Vaccination returns of the Province of Eastern Bengal and Assam - 1905-1912
Year: 1905
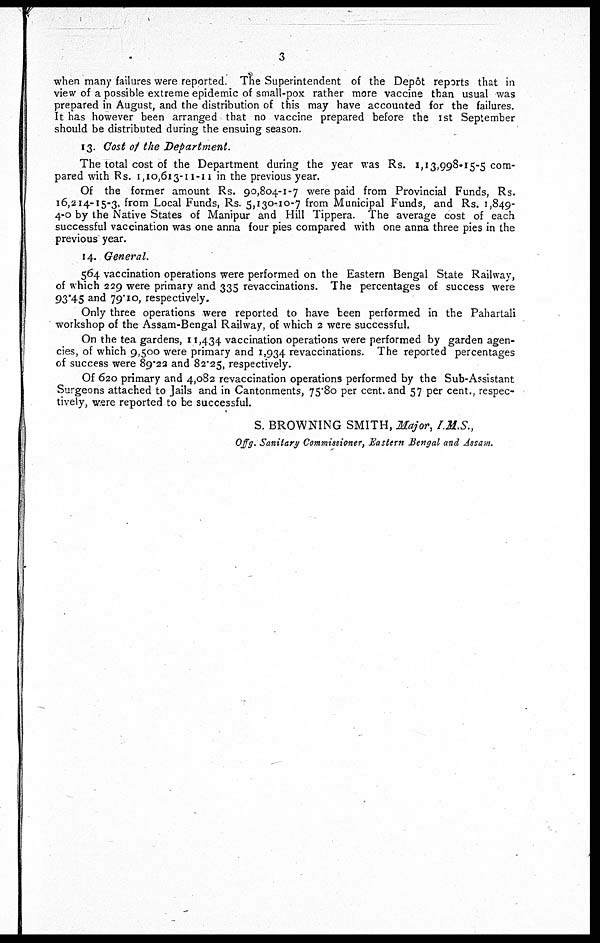
3
when many failures were reported. The Superintendent of the Depôt reports that in
view of a possible extreme epidemic of small-pox rather more vaccine than usual was
prepared in August, and the distribution of this may have accounted for the failures.
It has however been arranged that no vaccine prepared before the 1st September
should be distributed during the ensuing season.
13. Cost of the Department.
The total cost of the Department during the year was Rs. 1,13,998-15-5 com-
pared with Rs. 1,10,613-11 -11 in the previous year.
Of the former amount Rs. 90,804-1-7 were paid from Provincial Funds, Rs.
16,214-15-3, from Local Funds, Rs. 5,130-10-7 from Municipal Funds, and Rs. 1,849-
4-0 by the Native States of Manipur and Hill Tippera. The average cost of each
successful vaccination was one anna four pies compared with one anna three pies in the
previous year.
14. General.
564 vaccination operations were performed on the Eastern Bengal State Railway,
of which 229 were primary and 335 revaccinations. The percentages of success were
93.45 and 79.10, respectively.
Only three operations were reported to have been performed in the Pahartali
workshop of the Assam-Bengal Railway, of which 2 were successful.
On the tea gardens, 11,434 vaccination operations were performed by garden agen-
cies, of which 9,500 were primary and 1,934 revaccinations. The reported percentages
of success were 89.22 and 82.25, respectively.
Of 620 primary and 4,082 revaccination operations performed by the Sub-Assistant
Surgeons attached to Jails and in Cantonments, 75.80 per cent. and 57 per cent., respec-
tively, were reported to be successful.
S. BROWNING SMITH, Major, I.M.S.,
Offg. Sanitary Commissioner, Eastern Bengal and Assam.